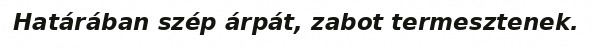
Határában szép árpát, zabot termesztenek.